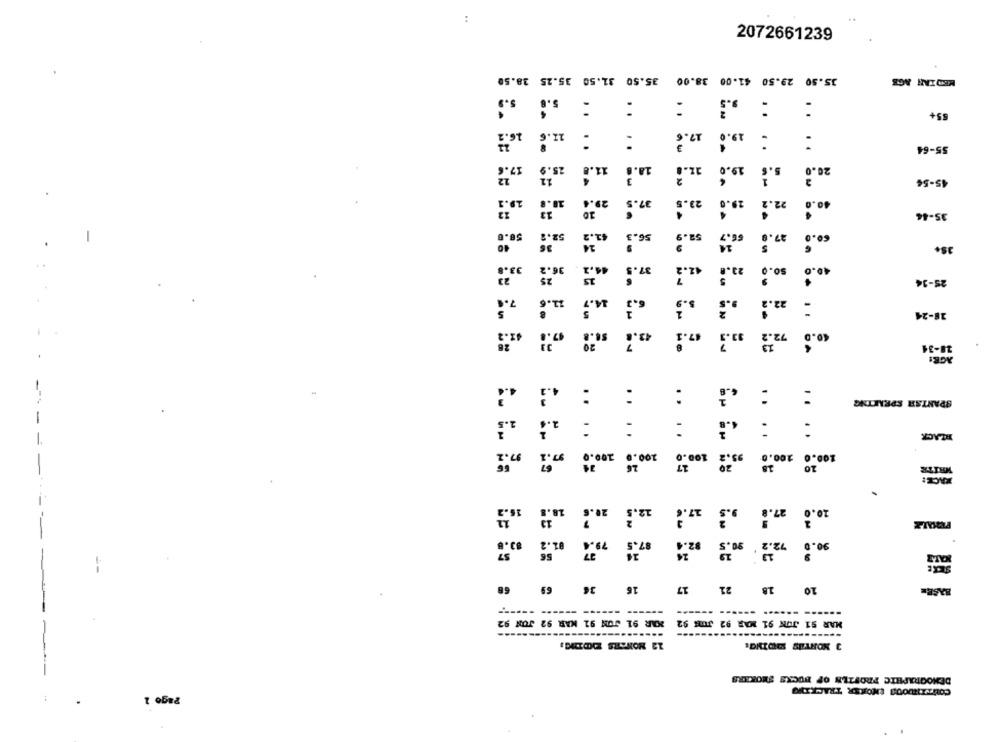
:
2072661239
35.50 31.50 35.25 38.50
38.00
35.50 29.50 41.00
MEDIAN AGE
:
:
55+
16.2
11.6
17.6
19.0
:
55-64
....
..
17.6
25.9
11.8
11.
19.0
26.0
11
45-54
19.2
29.6
37.5
23.5
29.0
22.2
30
35-44
52.9
6.7
60.0
52.8
56.3
27.0
38+
33.8
36.2
37.5
so.
25
25-34
7.4
11.
14.7
22.
18-24
st.
43.
17.
72.
40.0
20
13
18-34
:
:
:
:
:
SPANISH SPEAKING
:
:
1.2
:
...
:
BLACK
97.2
200.0 97.1
100.
95.2
55
200."
100.0 200.0
WRITE
.... .
KACE:
16.2
20.6
12.1
17.8
27.º
10.0
82.8
01.2
79.4
87.5
82.4
90.0
57
24
24
20.5
72.2
56
68
16 36 69
10 18 21 17
BASEE
------
XAR 91 JON 91 MAR 92 JON 92
MAR 51 JON 91 MAR 92 JMS 92
--------
---
-------
12 NONSES EDDIGI
3 MONTHS DOING:
DEMOGRAPHIC PROFILE OF BUCKS SHOKERS
CONTINUODA EHORER TRACKING
Page 1